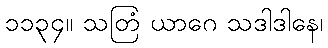
၁၁၃၄။ သတြံ ယာဂေ သဒါဒါနေ၊